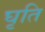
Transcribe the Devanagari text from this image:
घृति